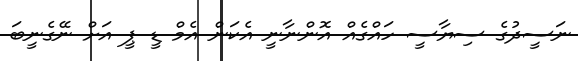
ނަސީދުގެ ސިޔާސީ ހައްގެއް އޮންނާނީ އެކަން އެމް ޑީ ޕީ އަށް ނޭގެނީބަ